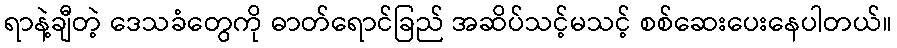
ရာနဲ့ချီတဲ့ ဒေသခံတွေကို ဓာတ်ရောင်ခြည် အဆိပ်သင့်မသင့် စစ်ဆေးပေးနေပါတယ်။